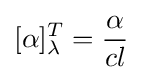
[\alpha ]_{\lambda }^{T}={\frac {\alpha }{cl}}